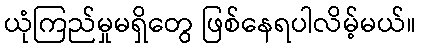
ယုံကြည်မှုမရှိတွေ ဖြစ်နေရပါလိမ့်မယ်။